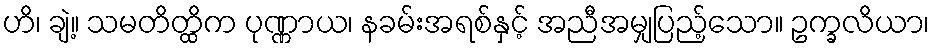
ဟိ၊ ချဲ့။ သမတိတ္ထိက ပုဏ္ဏာယ၊ နခမ်းအရစ်နှင့် အညီအမျှပြည့်သော။ ဥက္ခလိယာ၊